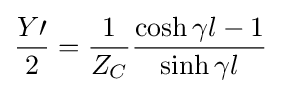
{\frac {Y\prime }{2}}={\frac {1}{Z_{C}}}{\frac {\cosh \gamma l-1}{\sinh \gamma l}}